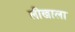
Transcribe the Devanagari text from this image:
लीखाला